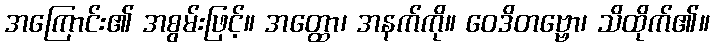
အကြောင်း၏ အစွမ်းဖြင့်။ အတ္ထော၊ အနက်ကို။ ဝေဒိတဗ္ဗော၊ သိထိုက်၏။